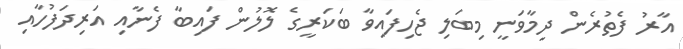
އާރު ފެތުރެން ދިމާވަނީ މިބަލި ޖެހިފައިވާ ބަކަރީގެ ލޮލުން ފައިބާ ފެނާއި އަރިދަފުހާއި